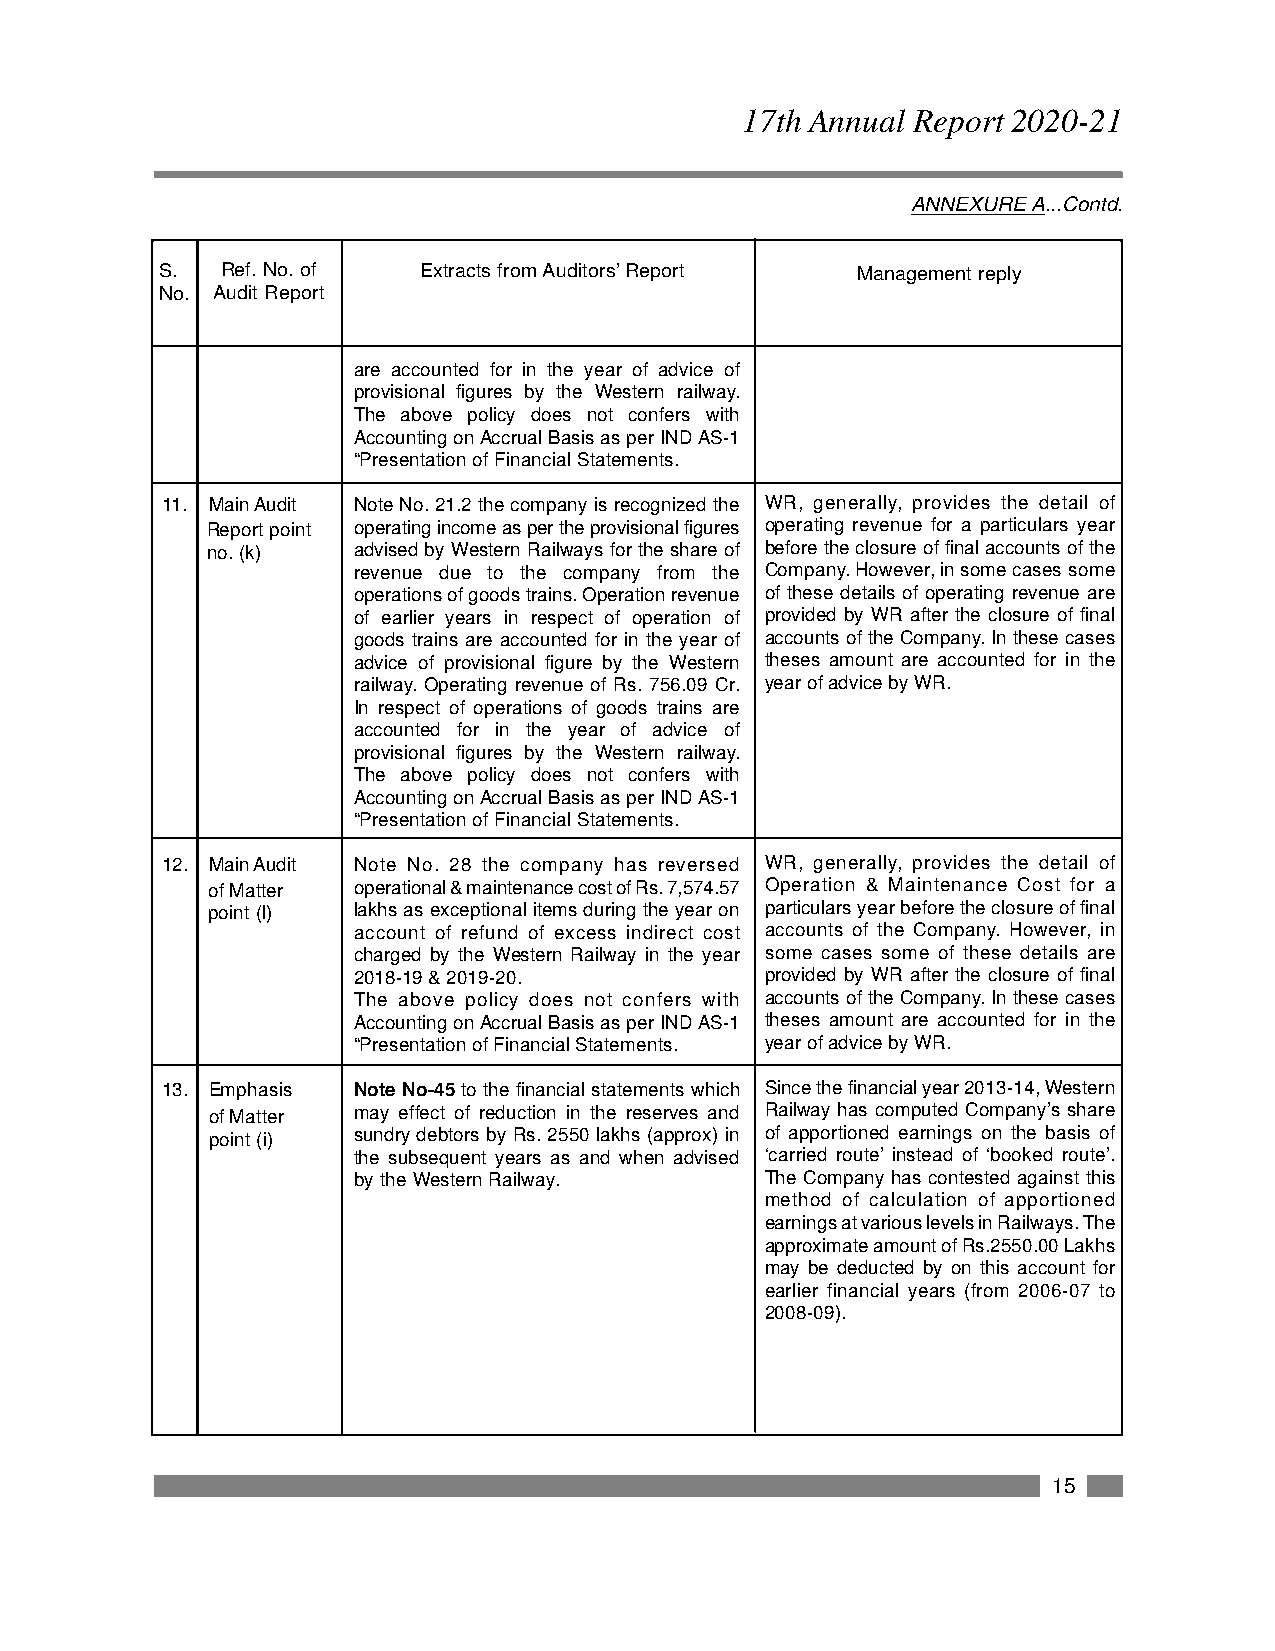
17th Annual Report 2020-21
 ANNEXURE A...Contd.
 S.   Ref. No. of  Extracts from Auditors’ Report Management reply
 No. Audit Report
 are accounted for in the year of advice of
 provisional figures by the Western railway.
 The above policy does not confers with
 Accounting on Accrual Basis as per IND AS-1
 “Presentation of Financial Statements.
 11. Main Audit Note No. 21.2 the company is recognized the WR, generally, provides the detail of
 Report point operating income as per the provisional figures operating revenue for a particulars year
 no. (k)  advised by Western Railways for the share of before the closure of final accounts of the
 revenue due to the company from the Company. However, in some cases some
 operations of goods trains. Operation revenue of these details of operating revenue are
 of earlier years in respect of operation of provided by WR after the closure of final
 goods trains are accounted for in the year of accounts of the Company. In these cases
 advice of provisional figure by the Western theses amount are accounted for in the
 railway. Operating revenue of Rs. 756.09 Cr. year of advice by WR.
 In respect of operations of goods trains are
 accounted for in the year of advice of
 provisional figures by the Western railway.
 The above policy does not confers with
 Accounting on Accrual Basis as per IND AS-1
 “Presentation of Financial Statements.
 12. Main Audit Note No. 28 the company has reversed WR, generally, provides the detail of
 of Matter operational & maintenance cost of Rs. 7,574.57 Operation & Maintenance Cost for a
 point (l) lakhs as exceptional items during the year on particulars year before the closure of final
 account of refund of excess indirect cost accounts of the Company. However, in
 charged by the Western Railway in the year some cases some of these details are
 2018-19 & 2019-20.          provided by WR after the closure of final
 The above policy does not confers with accounts of the Company. In these cases
 Accounting on Accrual Basis as per IND AS-1 theses amount are accounted for in the
 “Presentation of Financial Statements. year of advice by WR.
 13. Emphasis Note No-45 to the financial statements which Since the financial year 2013-14, Western
 of Matter may effect of reduction in the reserves and Railway has computed Company’s share
 point (i) sundry debtors by Rs. 2550 lakhs (approx) in of apportioned earnings on the basis of
 the subsequent years as and when advised ‘carried route’ instead of ‘booked route’.
 by the Western Railway.     The Company has contested against this
 method of calculation of apportioned
 earnings at various levels in Railways. The
 approximate amount of Rs.2550.00 Lakhs
 may be deducted by on this account for
 earlier financial years (from 2006-07 to
 2008-09).
 15